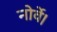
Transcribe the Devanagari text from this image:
नोर्वे।